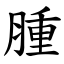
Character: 腫